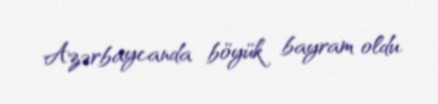
Azərbaycanda böyük bayram oldu.